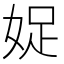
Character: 娖